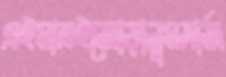
এইমাত্রইজোড়ালুমসার্জ